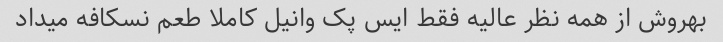
بهروش از همه نظر عالیه فقط ایس پک وانیل کاملا طعم نسکافه میداد